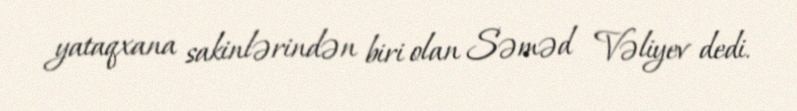
yataqxana sakinlərindən biri olan Səməd Vəliyev dedi.